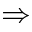
\Rightarrow